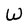
Character: W